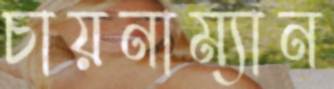
চায়নাম্যান